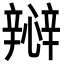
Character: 㦚